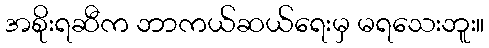
အစိုးရဆီက ဘာကယ်ဆယ်ရေးမှ မရသေးဘူး။